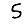
Digit: 5